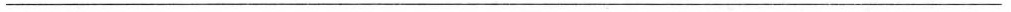
___